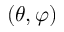
( \theta , \varphi )